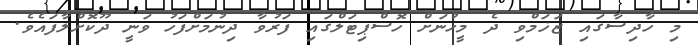
މި ހާދިސާގައި ޒަޚަމްވި ދެ މީހުނަށް ހޮސްޕިޓަލްގައި ފަރުވާ ދިނުމަށްފަހު ވަނީ ދޫކޮށްލާފައެވެ.